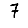
Digit: 7